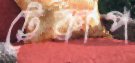
টেকাপ